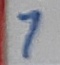
Text: 7